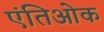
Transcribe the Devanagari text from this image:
एंतिओक